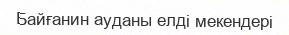
Байғанин ауданы елді мекендері